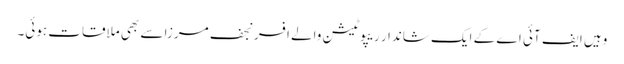
وہیں ایف آئی اے کے ایک شاندار ریپوٹیشن والے افسر نجف مرزا سے بھی ملاقات ہوئی۔